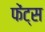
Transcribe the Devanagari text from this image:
फेंट्स